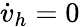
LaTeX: \dot{v}_{h}=0